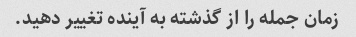
زمان جمله را از گذشته به آینده تغییر دهید.